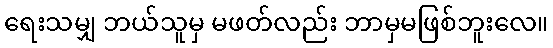
ရေးသမျှ ဘယ်သူမှ မဖတ်လည်း ဘာမှမဖြစ်ဘူးလေ။